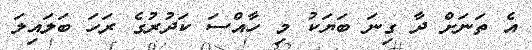
އެ ތަނަށް ދާ ގިނަ ބަޔަކު މި ހާއްސަ ކަދުރުގެ ރަހަ ބަލައިލަ